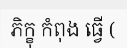
ភិក្ខុ កំពុង ធ្វើ (